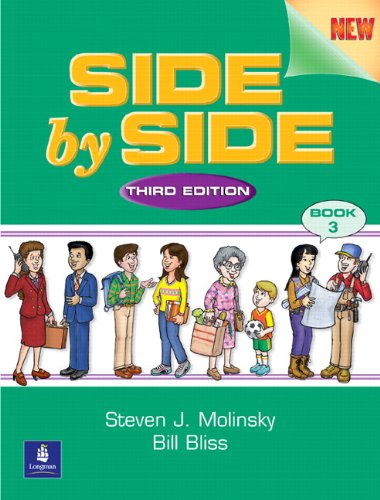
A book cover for Side by Side: Student Book 3, Third Edition; Steven J. Molinsky; Reference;